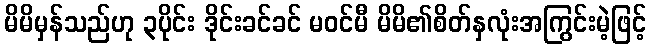
မိမိမှန်သည်ဟု ၃ပိုင်း ဒိုင်းခင်ခင် မဝင်မီ မိမိ၏စိတ်နှလုံးအကြွင်းမဲ့ဖြင့်